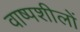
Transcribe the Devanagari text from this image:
वाष्पशीलों